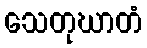
သေတုဃာတံ